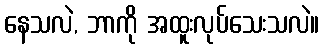
နေသလဲ, ဘာကို အထူးလုပ်သေးသလဲ။